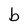
Character: b